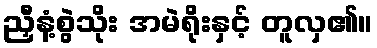
ညှီနံ့စွဲသိုး အမဲရိုးနှင့် တူလှ၏။